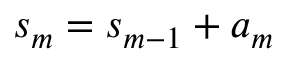
s _ { m } = s _ { m - 1 } + a _ { m }